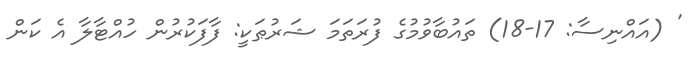
' (އައްނިސާ: 17-18) ތައުބާވުމުގެ ފުރަތަމަ ޝަރުޠަކީ: ފާފަކުރުން ހުއްޓާލާ އެ ކަން